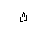
Letter: _tha